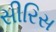
સીરિસ